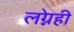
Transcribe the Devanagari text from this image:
लग्नेही